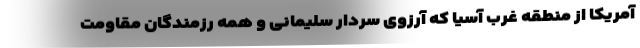
آمریکا از منطقه غرب آسیا که آرزوی سردار سلیمانی و همه رزمندگان مقاومت